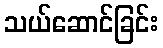
သယ်ဆောင်ခြင်း